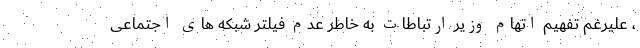
، علیرغم تفهیم اتهام وزیر ارتباطات به خاطر عدم فیلتر شبکه های اجتماعی